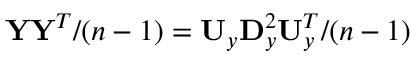
\mathbf Y \mathbf Y ^ { T } / ( n - 1 ) = \mathbf U _ { y } \mathbf D _ { y } ^ { 2 } \mathbf U _ { y } ^ { T } / ( n - 1 )